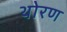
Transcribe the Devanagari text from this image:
थोरण